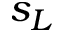
s _ { L }